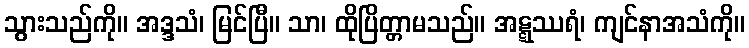
သွားသည်ကို။ အဒ္ဒသံ၊ မြင်ပြီ။ သာ၊ ထိုပြိတ္တာမသည်။ အဋ္ဋဿရံ၊ ကျင်နာအသံကို။